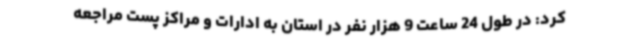
کرد: در طول 24 ساعت 9 هزار نفر در استان به ادارات و مراکز پست مراجعه